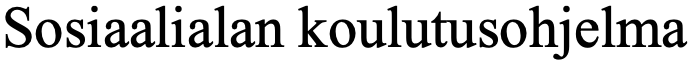
Sosiaalialan koulutusohjelma